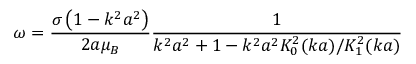
\omega = { \frac { \sigma \left( 1 - k ^ { 2 } a ^ { 2 } \right) } { 2 a \mu _ { B } } } { \frac { 1 } { k ^ { 2 } a ^ { 2 } + 1 - k ^ { 2 } a ^ { 2 } K _ { 0 } ^ { 2 } ( k a ) / K _ { 1 } ^ { 2 } ( k a ) } }